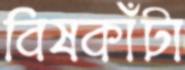
বিষকাঁটা